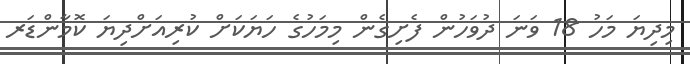
މިދިޔަ މަހު 18 ވަނަ ދުވަހުން ފެށިގެން މިމަހުގެ ހަޔަކަށް ކުރިއަށްދިޔަ ކޮމާންޑަރ